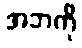
အဘကို